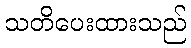
သတိပေးထားသည်